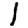
Digit: 1